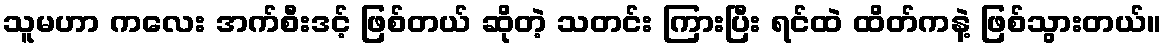
သူမဟာ ကလေး အက်စီးဒင့် ဖြစ်တယ် ဆိုတဲ့ သတင်း ကြားပြီး ရင်ထဲ ထိတ်ကနဲ့ ဖြစ်သွားတယ်။